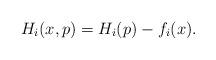
LaTeX: \begin{align*} H_{i}(x,p) = H_{i}(p) - f_{i}(x). \end{align*}